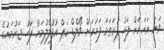
ވަނަ އަހަރަށް ފަހު ފުރަތަމަ ފަހަރަށް ވޯލްޑް ކަޕް އުފުލާލުމަށް ފަހު ޖަރުމަނުގެ